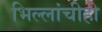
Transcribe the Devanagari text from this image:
भिल्लांचीही